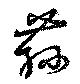
蓀